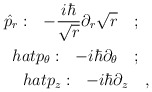
\begin{align*}\hat{p}_r:\ \ -\frac{i\hbar}{\sqrt{r}}\partial_r\sqrt{r}\ \ \ ;\ \ \\hat{p}_\theta:\ \ -i\hbar\partial_\theta\ \ \ ;\ \ \\hat{p}_z:\ \ -i\hbar\partial_z\ \ \ ,\end{align*}